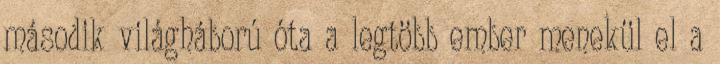
második világháború óta a legtöbb ember menekül el a